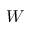
W